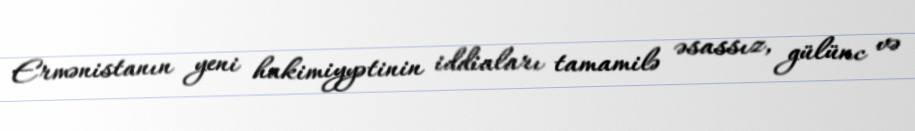
Ermənistanın yeni hakimiyyətinin iddiaları tamamilə əsassız, gülünc və